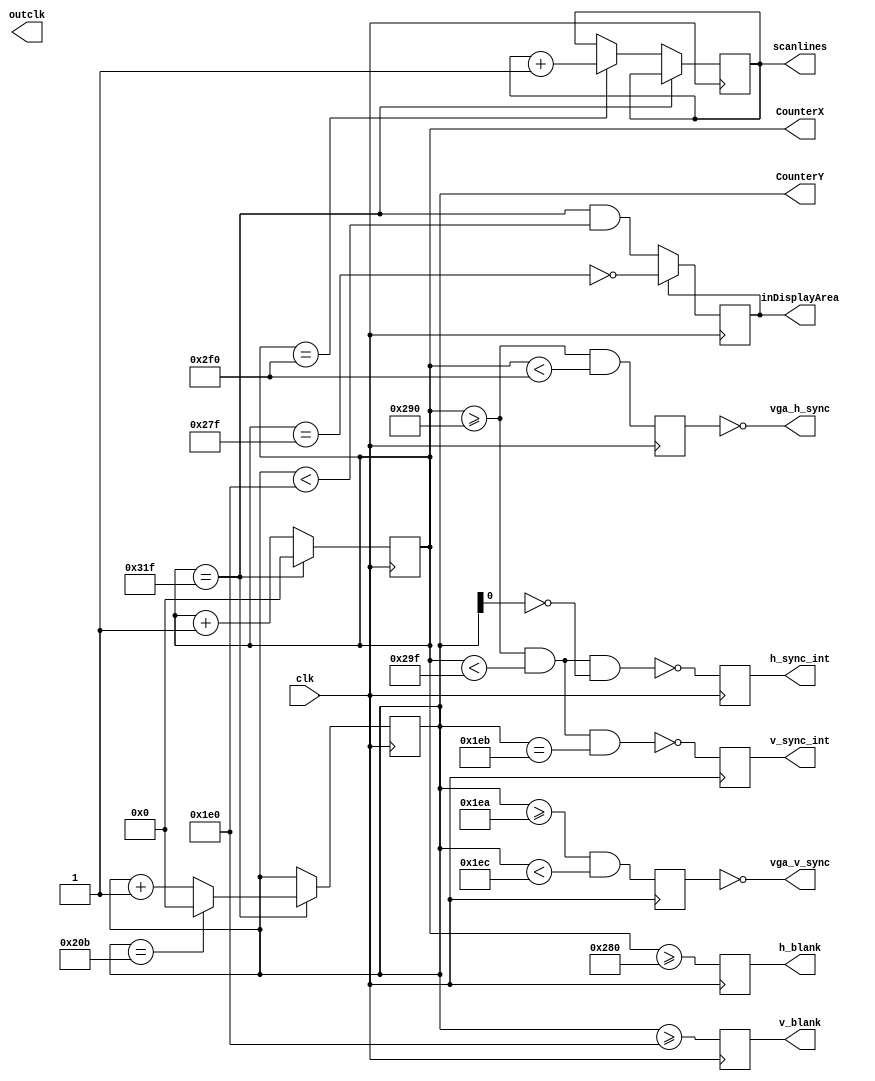
module SyncGen(
    input clk,
    output vga_h_sync,
    output vga_v_sync,
    output reg v_sync_int,
    output reg h_sync_int,
	 output reg h_blank,
	 output reg v_blank,
    output reg inDisplayArea,
    output reg [9:0] CounterX,
    output reg [9:0] CounterY,
    output wire outclk,
    output reg scanlines
    );
    
//////////////////////////////////////////////////


/*
// 720 x 576 @ 27mhz pix clock
localparam HorizSize = 10'd864;
localparam HorizPix = 10'd720;
localparam HBlankS = HorizPix+20;
localparam HBlankE = HorizPix+51;
localparam VertSize = 10'd625;
localparam VertPix = 10'd576;
localparam VBlankS = VertPix+1;
localparam VBlankE = VertPix+3;
*/

// 720 x 576 @ 28mhz pix clock - black borders on left and right due to increased pixel clock
/*localparam HorizSize = 10'd896;
localparam HorizPix = 10'd720;
localparam HBlankS = HorizPix+34;
localparam HBlankE = HorizPix+65;
localparam VertSize = 10'd625;
localparam VertPix = 10'd576;
localparam VBlankS = VertPix+1;
localparam VBlankE = VertPix+3;*/

// 720 x 576 @ 28mhz pix clock - black borders on left and right due to increased pixel clock - 50.08hz
/*localparam HorizSize = 10'd896;
localparam HorizPix = 10'd720;
localparam HBlankS = HorizPix+34;
localparam HBlankE = HorizPix+65;
localparam VertSize = 10'd624;
localparam VertPix = 10'd576;
localparam VBlankS = VertPix+1;
localparam VBlankE = VertPix+3;*/
    
 // 720 x 288 @ 14mhz pix clock - black borders on left and right due to increased pixel clock - 50.08hz
/*localparam HorizSize = 10'd896;
localparam HorizPix = 10'd720;
localparam HBlankS = HorizPix+34+28;
localparam HBlankE = HorizPix+65+28;
localparam VertSize = 10'd312;
localparam VertPix = 10'd288;
localparam VBlankS = VertPix+13;
localparam VBlankE = VertPix+15;*/

// 640 x 480 @ 25.175mhz pix clock - 60hz
localparam HorizSize = 10'd800;
localparam HorizPix = 10'd640;
localparam HBlankS = HorizPix+16;
localparam HBlankE = HBlankS+96;
localparam VertSize = 10'd524;
localparam VertPix = 10'd480;
localparam VBlankS = VertPix+10'd10;
localparam VBlankE = VBlankS+10'd2;

    
wire CounterXmaxed = (CounterX==HorizSize-1);

initial
begin
	CounterX <= 0;
	CounterY <= 0;
	scanlines<=0;	
end

always @(posedge clk)
if(CounterXmaxed)
	CounterX <= 0;
else
    begin
	   CounterX <= CounterX + 1;
	   if (CounterX==HBlankE) scanlines<=scanlines+1;
		//if (CounterX==751) scanlines<=scanlines+1;
	end

always @(posedge clk)
if(CounterXmaxed)
begin
    CounterY <= CounterY + 1;
    if (CounterY==VertSize-1) CounterY<=0;//523) CounterY<=0;      ;524=60hz  627=50hz  ;should change to 524 but will need to adjust other timings
	 //if (CounterY==523) CounterY<=0;//523) CounterY<=0;      ;524=60hz  627=50hz  ;should change to 524 but will need to adjust other timings
end

reg	vga_HS, vga_VS;
always @(posedge clk)
begin
	//vga_HS <= (CounterX[9:4]==6'h29); // change this value to move the display horizontally - default 2D - 27 works on some
	//vga_HS <= (CounterX[9:4]==6'h2b); // change this value to move the display horizontally - default 2D - 27 works on some
	//vga_HS <= (CounterX[9:2]==8'hA3); // change this value to move the display horizontally - default A4 (656)
	vga_HS <= ((CounterX>=HBlankS) && (CounterX<HBlankE)); // change this value to move the display horizontally - default A4 (656)
	vga_VS <= ((CounterY>=VBlankS) && (CounterY<VBlankE)); // change this value to move the display vertically
	
	h_sync_int <= ~(((CounterX>=HBlankS) && (CounterX<HBlankS+15)) && (CounterY[0]==0)); 
	v_sync_int <= ~(((CounterX>=HBlankS) && (CounterX<HBlankS+15) && (CounterY==VBlankS+1))); 
	/*
	vga_HS <= ((CounterX>=655-1) && (CounterX<751-1)); // change this value to move the display horizontally - default A4 (656)
	vga_VS <= ((CounterY>=490+1) && (CounterY<492+1)); // change this value to move the display vertically	
	
	h_sync_int <= ~(((CounterX>=655-1) && (CounterX<655+16)) && (CounterY[0]==0)); 
	v_sync_int <= ~(((CounterX>=655-1) && (CounterX<655+16) && (CounterY==490+2))); 
*/
	
end

//reg inDisplayArea;
always @(posedge clk)
begin

if(inDisplayArea==0)
	//inDisplayArea <= ((CounterXmaxed) && ((CounterY<VertPix-1) || (CounterY==VertSize-1))); //turn on display at start of new line is y < 480
	inDisplayArea <= (CounterXmaxed) && (CounterY<VertPix); //turn on display at start of new line is y < 480
else
	inDisplayArea <= !(CounterX==HorizPix-1); //turn off display when x pos = 639 (ie end of line) ? will turn off on next clock so effectively at 640
	//inDisplayArea <= (CounterX<32);
	
	v_blank<=(CounterY>=VertPix);
	h_blank<=(CounterX>=HorizPix);
end	

/*always @(posedge clk)
if(inDisplayArea==0)
	inDisplayArea <= (CounterXmaxed) && (CounterY<480); //turn on display at start of new line is y < 480
else
	inDisplayArea <= !(CounterX==639); //turn off display when x pos = 639 (ie end of line) ? will turn off on next clock so effectively at 640
*/
	
assign vga_h_sync = ~vga_HS;
assign vga_v_sync = ~vga_VS;

    

    
endmodule